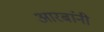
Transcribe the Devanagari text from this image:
आरबांनी